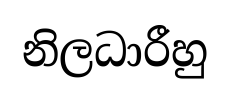
නිලධාරීහු